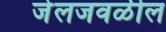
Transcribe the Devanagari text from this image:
जेलजवळील